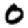
Digit: 0